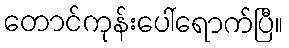
တောင်ကုန်းပေါ်ရောက်ပြီ။